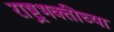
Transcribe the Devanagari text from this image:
राष्ट्रभक्तीच्या